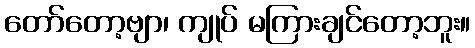
တော်တော့ဗျာ၊ ကျုပ် မကြားချင်တော့ဘူး။